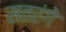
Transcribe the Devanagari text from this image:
सतरंगे